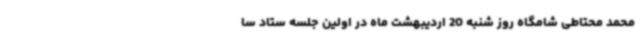
محمد محتاطی شامگاه روز شنبه 20 اردیبهشت ماه در اولین جلسه ستاد سا